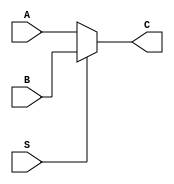
`timescale 1ns / 1ps


module TwoXOneMUX( input A,B,S,output  C);

assign C= S? B:A;
//always @(*)
//begin
// C = (A & ~S )|(S & B);
// end
endmodule